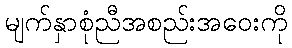
မျက်နှာစုံညီအစည်းအဝေးကို